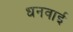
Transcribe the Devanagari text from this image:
धनवाई